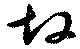
故